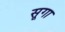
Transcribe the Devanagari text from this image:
सूगा